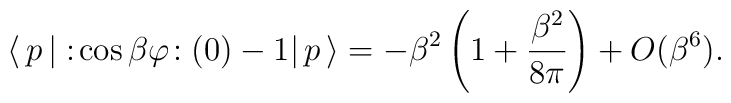
\langle \,p\,|\,\!:\!\cos \beta \varphi \!:(0)-1|\,p\,\rangle =-\beta^{2}\left( 1+\frac{\beta ^{2}}{8\pi }\right) +O(\beta ^{6}).